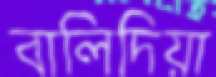
বালিদিয়া